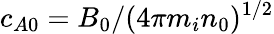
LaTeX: c_{A0}=B_{0}/(4\pi m_{i}n_{0})^{1/2}